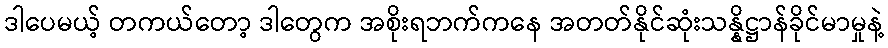
ဒါပေမယ့် တကယ်တော့ ဒါတွေက အစိုးရဘက်ကနေ အတတ်နိုင်ဆုံးသန္နိဋ္ဌာန်ခိုင်မာမှုနဲ့